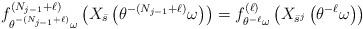
LaTeX: \begin{align*}f^{(N_{j-1}+\ell)}_{\theta ^{-(N_{j-1}+\ell)}\omega}\left(X_{\bar s}\left (\theta ^{-(N_{j-1}+\ell)}\omega\right)\right)= f_{\theta ^{-\ell}\omega}^{(\ell)}\left(X_{\bar s^j}\left(\theta ^{-\ell}\omega\right)\right)\end{align*}